画像に写った文字を読んでください
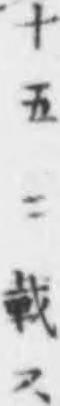
「十五ニ載ス」と書いてあります